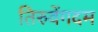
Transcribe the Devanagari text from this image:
तिरुवेंगदम